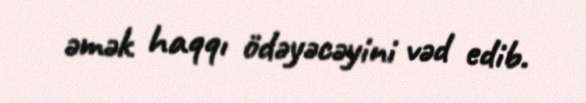
əmək haqqı ödəyəcəyini vəd edib.